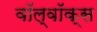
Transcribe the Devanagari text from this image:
वॉल्वॉक्स